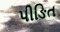
પીઙિત